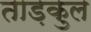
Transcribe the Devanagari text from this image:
ताड़कुल